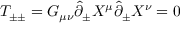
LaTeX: T _ { \pm \pm } = G _ { \mu \nu } \hat { \partial } _ { \pm } X ^ { \mu } \hat { \partial } _ { \pm } X ^ { \nu } = 0